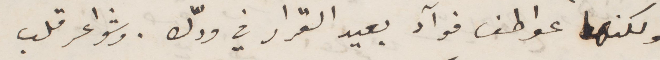
ولكنها عواطف فوآد بعيد القرار في ردّك. وشواعر قلب